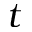
t